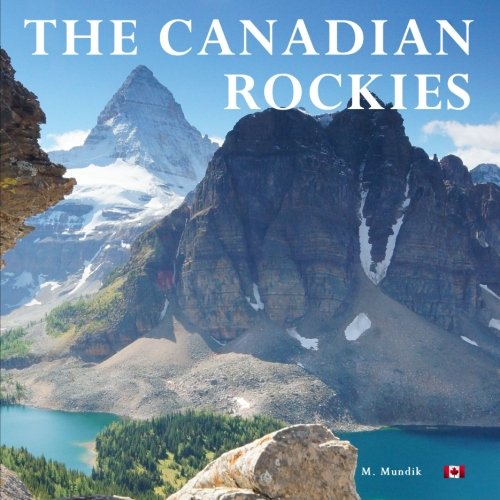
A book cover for The Canadian Rockies; M Mundik; Travel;